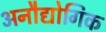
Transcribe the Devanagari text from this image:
अनौद्योगिक